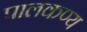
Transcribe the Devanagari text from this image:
पालकण्य